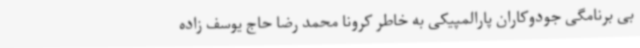
بی برنامگی جودوکاران پارالمپیکی به خاطر کرونا محمد رضا حاج یوسف زاده